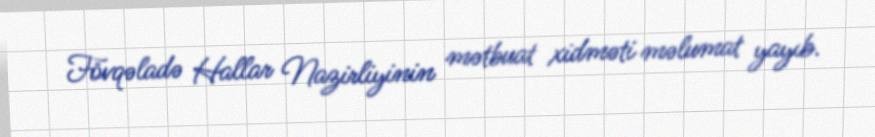
Fövqəladə Hallar Nazirliyinin mətbuat xidməti məlumat yayıb.